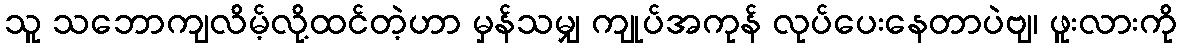
သူ သဘောကျလိမ့်လို့ထင်တဲ့ဟာ မှန်သမျှ ကျုပ်အကုန် လုပ်ပေးနေတာပဲဗျ၊ ဖူးလားကို